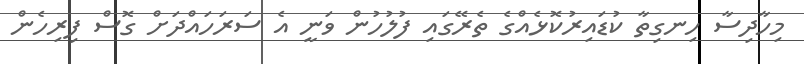
މިހާދިސާ ހިނގިތާ ކުޑައިރުކޮޅެއްގެ ތެރޭގައި ފުލުހުން ވަނީ އެ ސަރަހައްދަށް ގޮސް ފިރިހެން